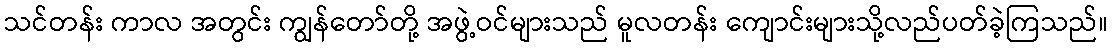
သင်တန်း ကာလ အတွင်း ကျွန်တော်တို့ အဖွဲ့ဝင်များသည် မူလတန်း ကျောင်းများသို့လည်ပတ်ခဲ့ကြသည်။